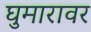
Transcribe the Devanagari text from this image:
घुमारावर